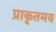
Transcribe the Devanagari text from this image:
प्राकृतमय